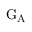
\mathrm { G _ { A } }